Civil Veterinary Department ledger series I-VI
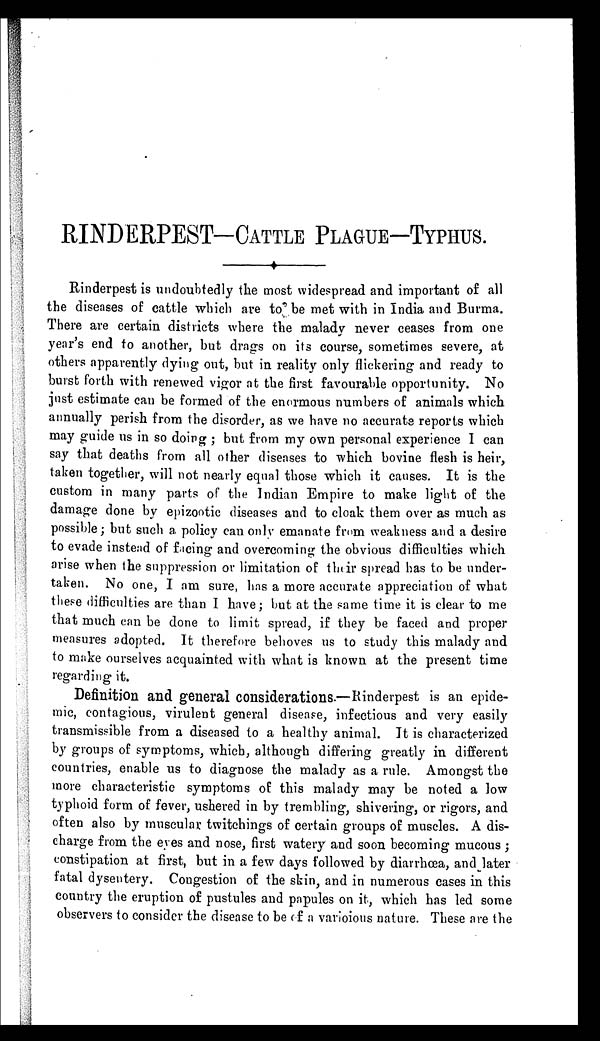
RINDERPEST–CATTLE PLAGUE–TYPHUS
Rinderpest is undoubtedly the most widespread and important of all
the diseases of cattle which are to be met with in India and Burma.
There are certain districts where the malady never ceases from one
year's end to another, but drags on its course, sometimes severe, at
others apparently dying out, but in reality only flickering and ready to
burst forth with renewed vigor at the first favourable opportunity. No
just estimate can be formed of the enormous numbers of animals which
annually perish from the disorder, as we have no accurate reports which
may guide us in so doing; but from my own personal experience I can
say that deaths from all other diseases to which bovine flesh is heir,
taken together, will not nearly equal those which it causes. It is the
custom in many parts of the Indian Empire to make light of the
damage done by epizootic diseases and to cloak them over as much as
possible; but such a policy can only emanate from weakness and a desire
to evade instead of facing and overcoming the obvious difficulties which
arise when the suppression or limitation of their spread has to be under-
taken. No one, I am sure, has a more accurate appreciation of what
these difficulties are than I have; but at the same time it is clear to me
that much can be done to limit spread, if they be faced and proper
measures adopted. It therefore behoves us to study this malady and
to make ourselves acquainted with what is known at the present time
regarding it.
Definition and general considerations.—Rinderpest is an epide-
mic, contagions, virulent general disease, infectious and very easily
transmissible from a diseased to a healthy animal. It is characterized
by groups of symptoms, which, although differing greatly in different
countries, enable us to diagnose the malady as a rule. Amongst the
more characteristic symptoms of this malady may be noted a low
typhoid form of fever, ushered in by trembling, shivering, or rigors, and
often also by muscular twitchings of certain groups of muscles. A dis-
charge from the eyes and nose, first watery and soon becoming mucous;
constipation at first, but in a few days followed by diarrhœa, and later
fatal dysentery. Congestion of the skin, and in numerous cases in this
country the eruption of pustules and papules on it, which has led some
observers to consider the disease to be of a varioious nature. These are the